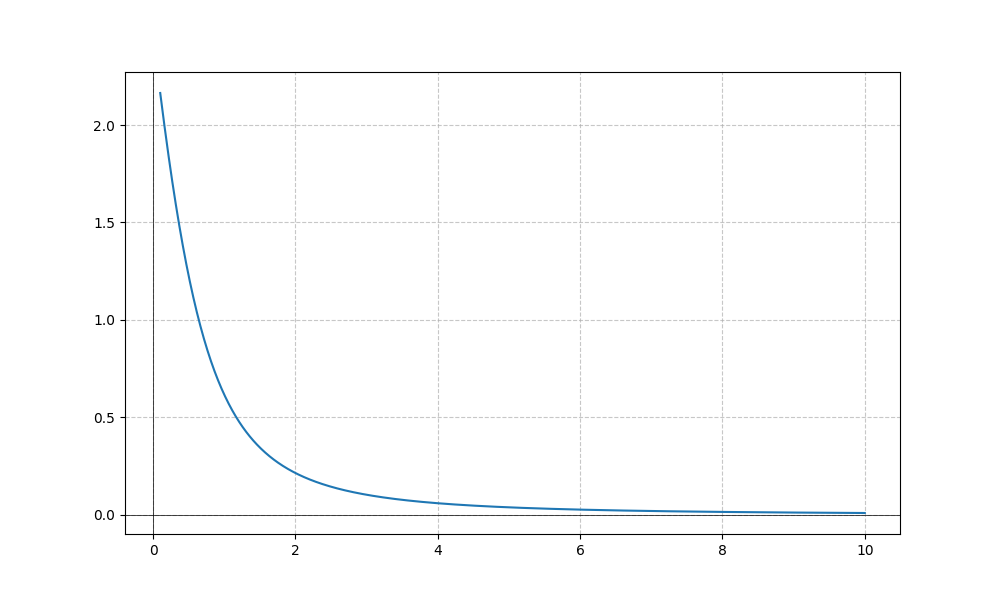
LaTeX formula: \operatorname{acot}^{2}{\left(x \right)}